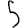
Digit: 5